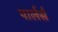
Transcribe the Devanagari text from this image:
पार्लर्स